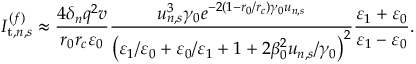
I _ { \mathrm { t } , n , s } ^ { ( f ) } \approx \frac { 4 \delta _ { n } q ^ { 2 } v } { r _ { 0 } r _ { c } \varepsilon _ { 0 } } \frac { u _ { n , s } ^ { 3 } \gamma _ { 0 } e ^ { - 2 \left( 1 - r _ { 0 } / r _ { c } \right) \gamma _ { 0 } u _ { n , s } } } { \left( \varepsilon _ { 1 } / \varepsilon _ { 0 } + \varepsilon _ { 0 } / \varepsilon _ { 1 } + 1 + 2 \beta _ { 0 } ^ { 2 } u _ { n , s } / \gamma _ { 0 } \right) ^ { 2 } } \frac { \varepsilon _ { 1 } + \varepsilon _ { 0 } } { \varepsilon _ { 1 } - \varepsilon _ { 0 } } .